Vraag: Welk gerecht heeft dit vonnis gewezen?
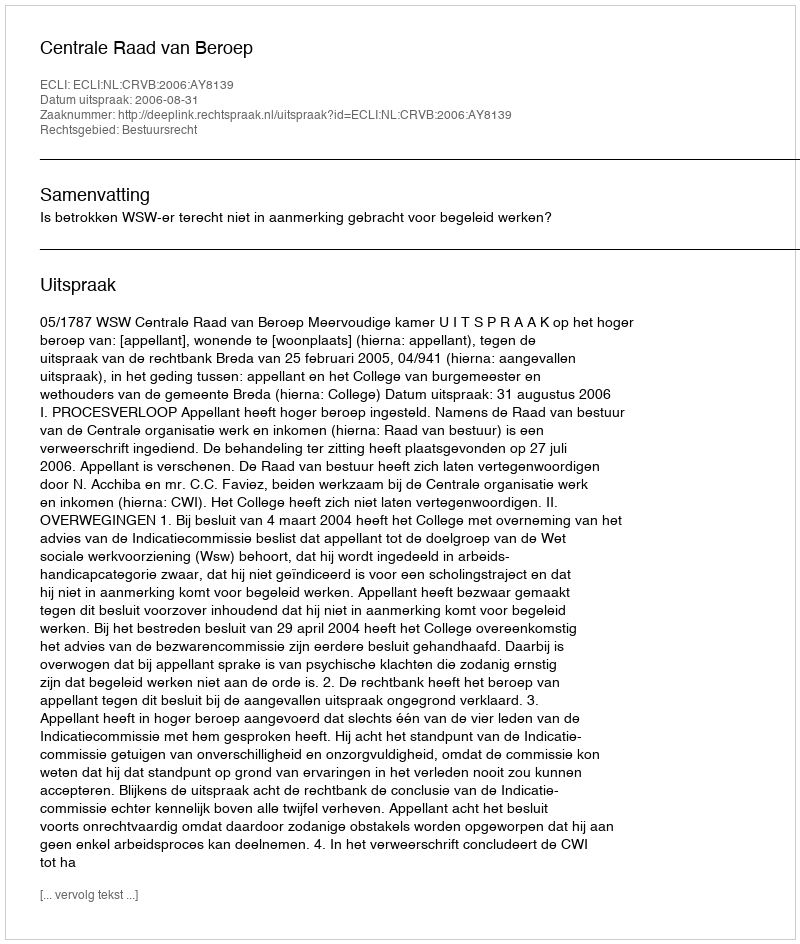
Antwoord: Centrale Raad van Beroep